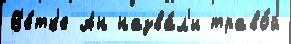
В'е́тк'е Ан назва́л'и траво́й